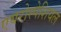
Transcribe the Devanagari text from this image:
एयरोस्पेशियल